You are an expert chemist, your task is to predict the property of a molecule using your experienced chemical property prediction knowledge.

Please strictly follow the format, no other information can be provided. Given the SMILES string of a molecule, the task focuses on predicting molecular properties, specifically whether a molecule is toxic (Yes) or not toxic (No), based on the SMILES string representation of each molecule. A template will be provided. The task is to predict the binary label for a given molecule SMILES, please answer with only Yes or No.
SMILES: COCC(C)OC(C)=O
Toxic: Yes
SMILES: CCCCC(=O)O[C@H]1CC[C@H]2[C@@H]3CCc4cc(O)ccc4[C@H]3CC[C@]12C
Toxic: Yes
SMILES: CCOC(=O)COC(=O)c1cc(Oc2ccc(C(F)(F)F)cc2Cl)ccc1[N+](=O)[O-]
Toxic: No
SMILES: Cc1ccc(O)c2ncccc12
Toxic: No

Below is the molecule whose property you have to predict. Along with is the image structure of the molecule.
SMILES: CC(C)N(CCC(C(N)=O)(c1ccccc1)c1ccccn1)C(C)C
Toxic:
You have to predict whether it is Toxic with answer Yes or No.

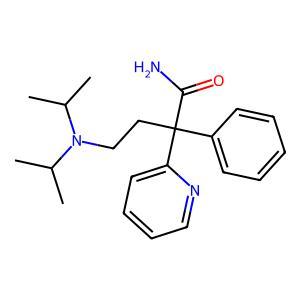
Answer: No